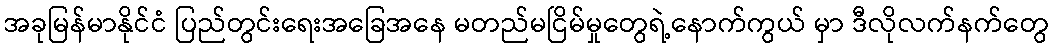
အခုမြန်မာနိုင်ငံ ပြည်တွင်းရေးအခြေအနေ မတည်မငြိမ်မှုတွေရဲ့နောက်ကွယ် မှာ ဒီလိုလက်နက်တွေ